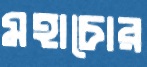
মহাচোর